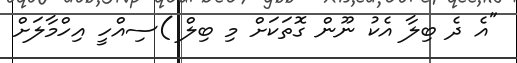
"އެ ދެ ބިލާ އެކު ނޫން ގޮތަކަށް މި ބިލް )ސިއްހީ އިހްމާލަށް